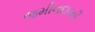
જમીનદારની